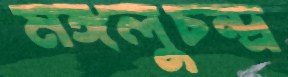
মঙ্গলুচন্দ্র